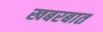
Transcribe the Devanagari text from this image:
खबरबात